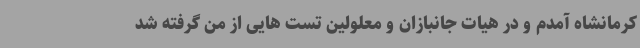
کرمانشاه آمدم و در هیات جانبازان و معلولین تست هایی از من گرفته شد